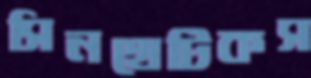
সিনথেটিকস